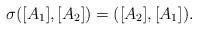
LaTeX: \begin{align*}\sigma([A_{1}],[A_{2}])=([A_{2}],[A_{1}]). \end{align*}